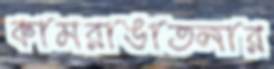
কামরাঙাতলার